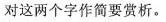
对这两个字作简要赏析。